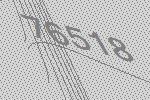
76518